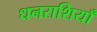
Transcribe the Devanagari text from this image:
धनराशियाँ